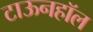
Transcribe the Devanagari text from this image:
टाऊनहॉल